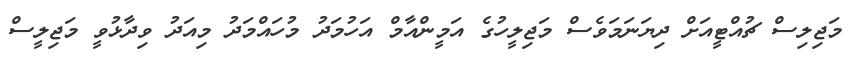
މަޖިލިސް ޗުއްޓީއަށް ދިޔަނަމަވެސް މަޖިލީހުގެ އަމީންއާމް އަހުމަދު މުހައްމަދު މިއަދު ވިދާޅުވީ މަޖިލީސް